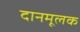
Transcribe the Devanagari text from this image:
दानमूलक